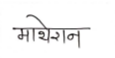
मजकूर: माथेरान